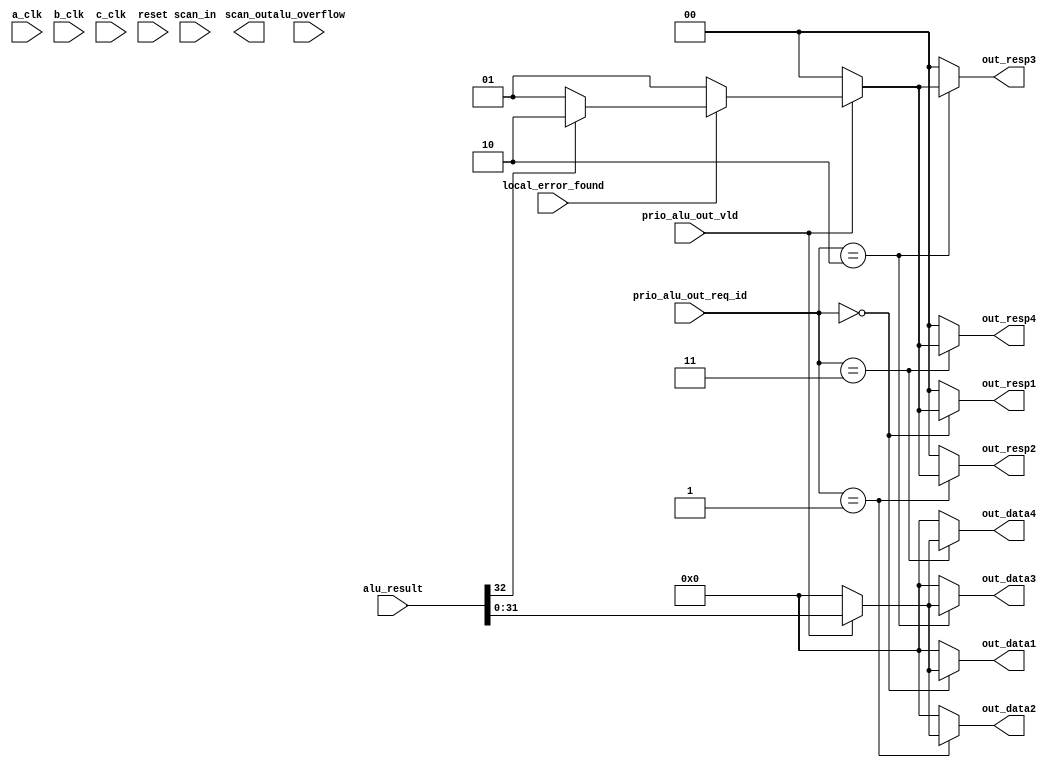
//  Library:  calc1
//  Module:  ALU Output Stage

module alu_output_stage(out_data1, out_data2, out_data3, out_data4, out_resp1, out_resp2, out_resp3, out_resp4, scan_out, a_clk, b_clk, c_clk,alu_overflow, alu_result,  local_error_found, prio_alu_out_req_id, prio_alu_out_vld, reset, scan_in);
   
   output [0:31] out_data1, out_data2, out_data3, out_data4;
   output [0:1]  out_resp1, out_resp2, out_resp3, out_resp4;
   output 	 scan_out;

   input [0:63] alu_result;
   input [0:1] 	prio_alu_out_req_id;
   input [1:7] 	reset;
   input 	a_clk, b_clk, c_clk, 
		alu_overflow, 
		local_error_found, 
		prio_alu_out_vld, 
		scan_in;
   
   wire [0:31] 	hold_data;
   wire [0:1] 	hold_resp, hold_id;

   assign hold_id[0:1] = prio_alu_out_req_id[0:1]; // decides which port is getting it
	
   assign hold_resp[0:1] = // decides the content of out_respN
	  (~prio_alu_out_vld) ? 2'b00 :
	  (~local_error_found) ? 2'b01 :
	  (alu_result[31]) ? 2'b10 :
	  2'b01;

   assign hold_data[0:31] = (prio_alu_out_vld) ? alu_result[32:63] : 32'b0;
   
   assign out_resp1[0:1] = (hold_id[0:1] == 2'b00) ? hold_resp[0:1] : 2'b00;
   
   assign   out_resp2[0:1] = (hold_id[0:1] == 2'b01) ? hold_resp[0:1] : 2'b00;
   
   assign   out_resp3[0:1] = (hold_id[0:1] == 2'b10) ? hold_resp[0:1] : 2'b00;
   
   assign   out_resp4[0:1] = (hold_id[0:1] == 2'b11) ? hold_resp[0:1] : 2'b00;
   
   assign   out_data1[0:31] = (hold_id[0:1] == 2'b00) ? hold_data[0:31] : 32'b0;
   
   assign   out_data2[0:31] = (hold_id[0:1] == 2'b01) ? hold_data[0:31] : 32'b0;
   
   assign   out_data3[0:31] = (hold_id[0:1] == 2'b10) ? hold_data[0:31] : 32'b0;
   
   assign   out_data4[0:31] = (hold_id[0:1] == 2'b11) ? hold_data[0:31] : 32'b0;
      
endmodule